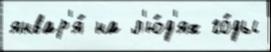
январ'я́ на л'ю́д'ях го́ды